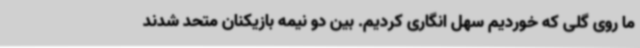
ما روی گلی که خوردیم سهل انگاری کردیم. بین دو نیمه بازیکنان متحد شدند